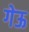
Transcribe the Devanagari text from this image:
गेऊ